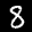
Label: 8